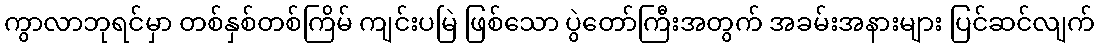
ကွာလာဘုရင်မှာ တစ်နှစ်တစ်ကြိမ် ကျင်းပမြဲ ဖြစ်သော ပွဲတော်ကြီးအတွက် အခမ်းအနားများ ပြင်ဆင်လျက်